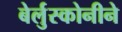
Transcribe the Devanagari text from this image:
बेर्लुस्कोनीने